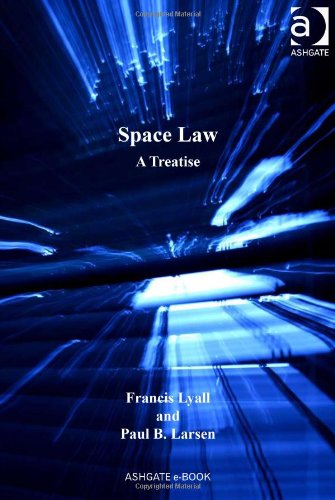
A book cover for Space Law; Francis Lyall; Law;